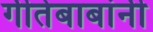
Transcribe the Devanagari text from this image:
गीतेबाबांनी